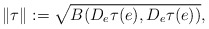
\begin{align*} \|\tau\|:= \sqrt{B(D_e\tau(e), D_e\tau(e))}, \end{align*}